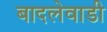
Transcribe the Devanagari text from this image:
बादलेवाडी